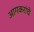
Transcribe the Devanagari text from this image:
आगकरांचे